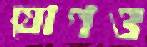
যোগও